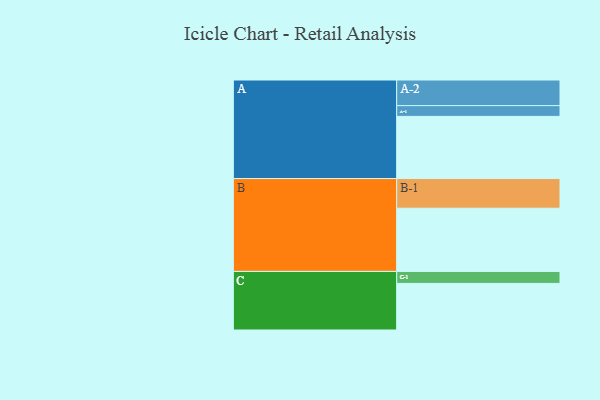
{"axis": {"x": "Segment", "y": "Value"}, "legend": ["", "A", "B", "C"], "data": [{"x": "A", "y": 415, "type": ""}, {"x": "B", "y": 422, "type": ""}, {"x": "C", "y": 311, "type": ""}, {"x": "A-1", "y": 72, "type": "A"}, {"x": "A-2", "y": 171, "type": "A"}, {"x": "B-1", "y": 198, "type": "B"}, {"x": "C-1", "y": 80, "type": "C"}]}